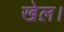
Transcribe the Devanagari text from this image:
खेल़।